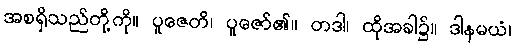
အစရှိသည်တို့ကို။ ပူဇေတိ၊ ပူဇော်၏။ တဒါ၊ ထိုအခါ၌။ ဒါနမယံ၊